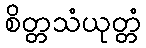
စိတ္တသံယုတ္တံ